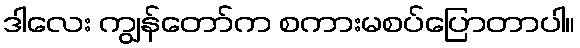
ဒါလေး ကျွန်တော်က စကားမစပ်ပြောတာပါ။